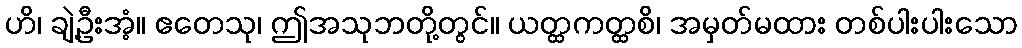
ဟိ၊ ချဲ့ဦးအံ့။ ဧတေသု၊ ဤအသုဘတို့တွင်။ ယတ္ထကတ္ထစိ၊ အမှတ်မထား တစ်ပါးပါးသော